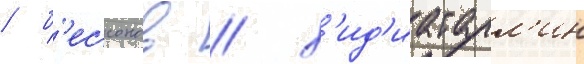
/ б'ессонов / х'ид'иатулл'ин